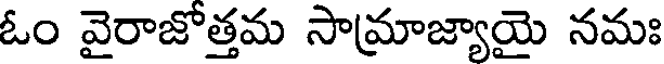
ఓం వైరాజోత్తమ సామ్రాజ్యాయై నమః